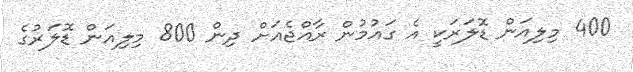
400 މިލިއަން ޑޮލަރަކީ އެ ގައުމުން ރާއްޖެއަށް ދިން 800 މިލިއަން ޑޮލަރުގެ